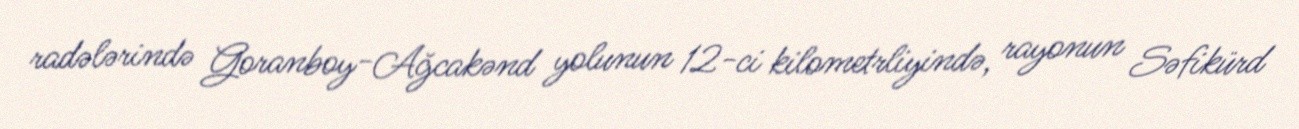
radələrində Goranboy-Ağcakənd yolunun 12-ci kilometrliyində, rayonun Səfikürd